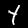
Label: 4